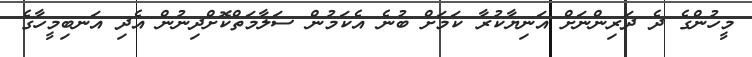
މީހުންގެ ދެ ދަރިންނަށް އަނިޔާކުރާ ކަމަށް ބުނެ އެކަމުން ސަލާމަތްކޮށްދިނުން އެދި އަނބިމީހާގެ